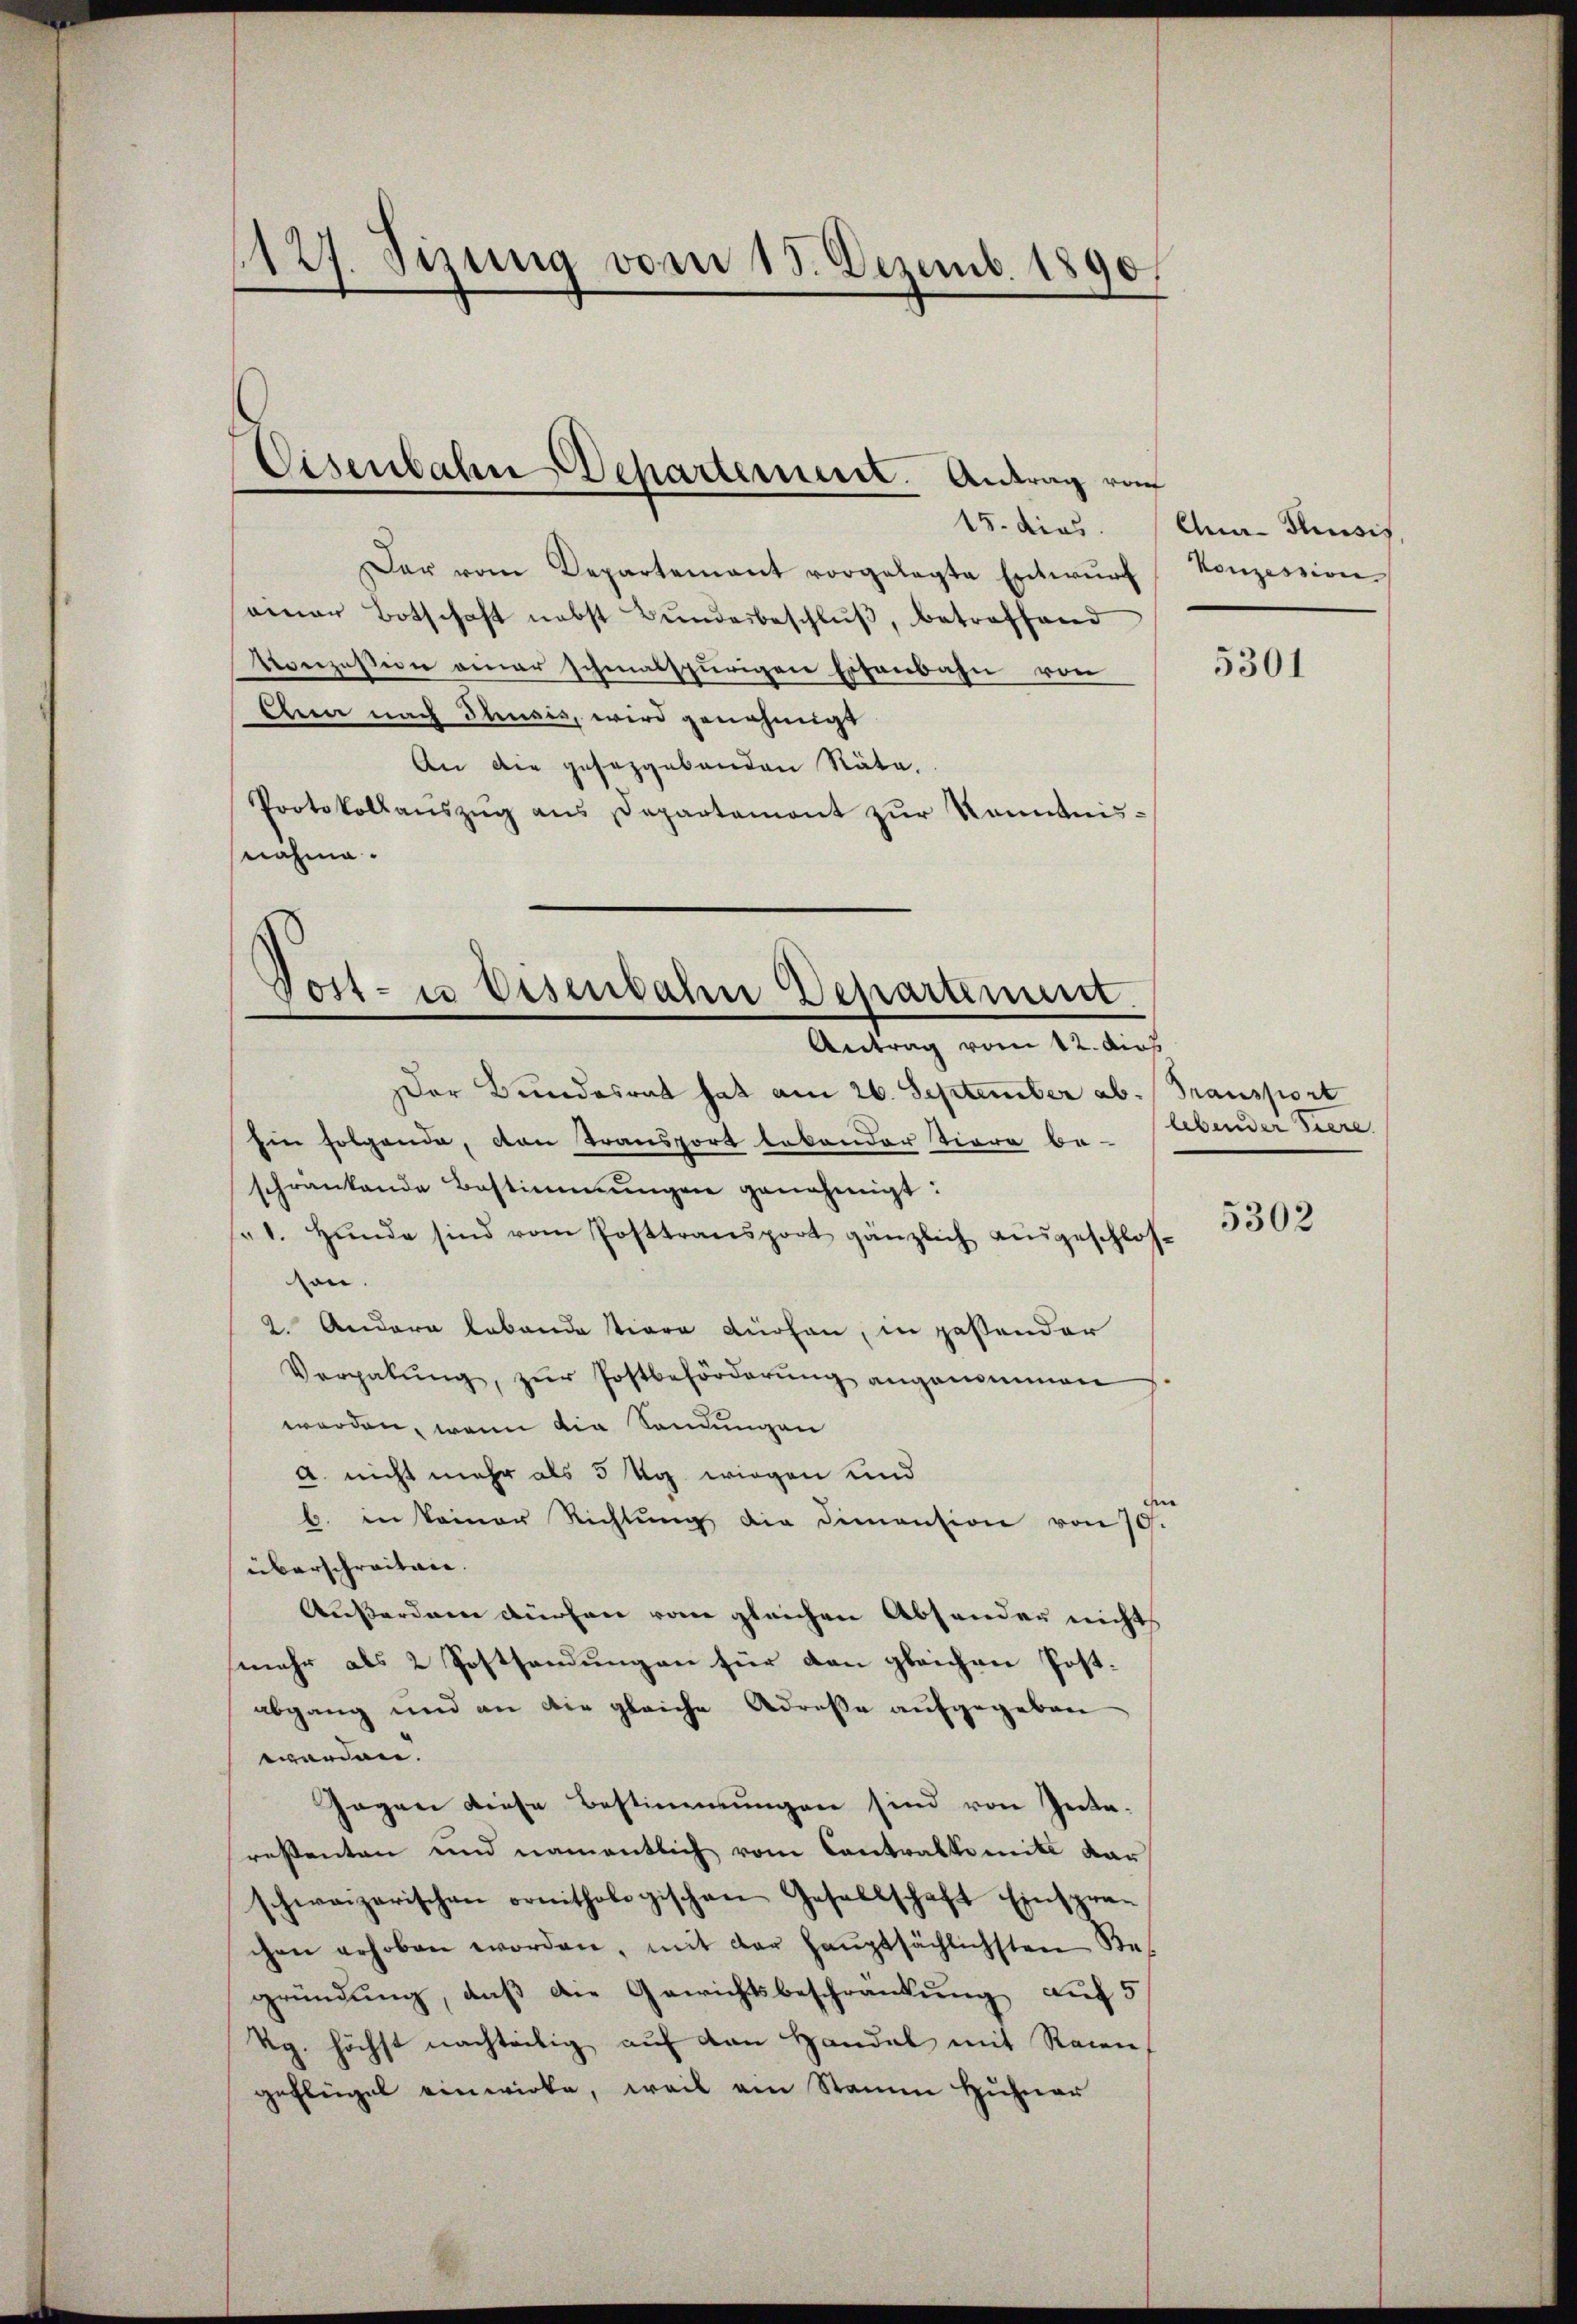
127. Sizung vom 15. Dezemb. 1890.

Cisenbahn Deharternent. Antrag vo

Der vom Departement vorgelegte Entwŭrf
ainer Botschaft nebst Bundesbeschlŭβ, betreffend
Konzession einer schmalspurigen Eisenbahn von
Ahna nach Thusis, wird genehmigt
An die gesezgebenden Räte.
Protokollauszug aus Departemont zur Kenntnis-
nahme.

Tost- u Eisenbahn Departement.
Antrag vom 12. dies

15. dies. (Aua- Thusis
Konzession

Der Bundesrat hat am 26. September ab. Transport
Ein folgende, von Transport lakonder Tiere be-
schränkende Bestimmungen genehmigt:
1. Hŭnde sind vom Posttransport gänzlich ausgeschlos-
hon.
2. Andere Lebende tiere dürfen, in passender
Vergabŭng, zŭr Postbeförderŭng angenommen
werden, wenn die Sendungen
A. nicht mehr als 5 Ug wiegen und
b. in keiner Richtung die Dimention von 70.
überschreiten.
Außerden dürfen vom gleichen Absonder nicht
mehr als 2 Postsendungen für den gleichen Postabgang und an die gleiche Adresse aufgegeben
worden.
Gegen diese Bestimmungen sind von Inte-
resenten und namentlich vom Contralkomite dar
schweizerischen ornithologischen Gesellschaft Einspran
chen erhoben worden, mit der haŭptsächlichsten Res
gründung, daß die Gewichtsbeschränkung auf 5
Rg. höchst nachteilig auf den Handel mit Racen
geflügel einwirke, weil am Stamm Hühner

5301

lebender Tiere

5302